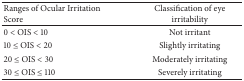
| Ranges of Ocular Irritation Score | Classification of eye irritability |
 | --- | --- |
 | 0 < OIS < 10 | Not irritant |
 | 10 ≤ OIS < 20 | Slightly irritating |
 | 20 ≤ OIS < 30 | Moderately irritating |
 | 30 ≤ OIS ≤ 110 | Severely irritating |